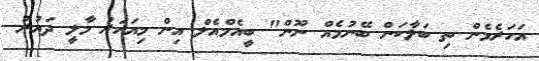
އަހަރެމެން ތި ބަލާކަން ބޭނުމެއް ނޫން" ބީއެމްއެލް އިން މިއަހަރު މާލީ ދައުރު